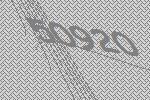
50920